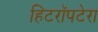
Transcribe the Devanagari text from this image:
हिटरॉपटेरा